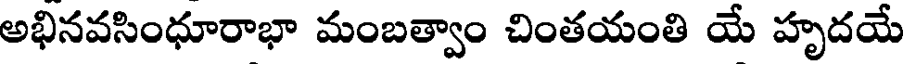
అభినవసింధూరాభా మంబత్వాం చింతయంతి యే హృదయే